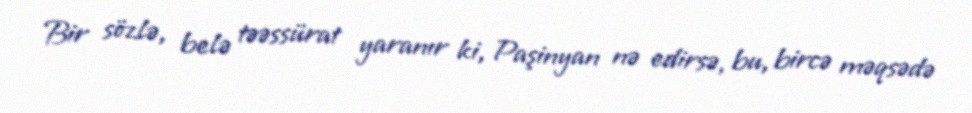
Bir sözlə, belə təəssürat yaranır ki, Paşinyan nə edirsə, bu, bircə məqsədə